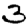
Digit: 3